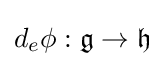
d_{e}\phi :{\mathfrak {g}}\to {\mathfrak {h}}